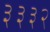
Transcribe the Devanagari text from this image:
३३३२